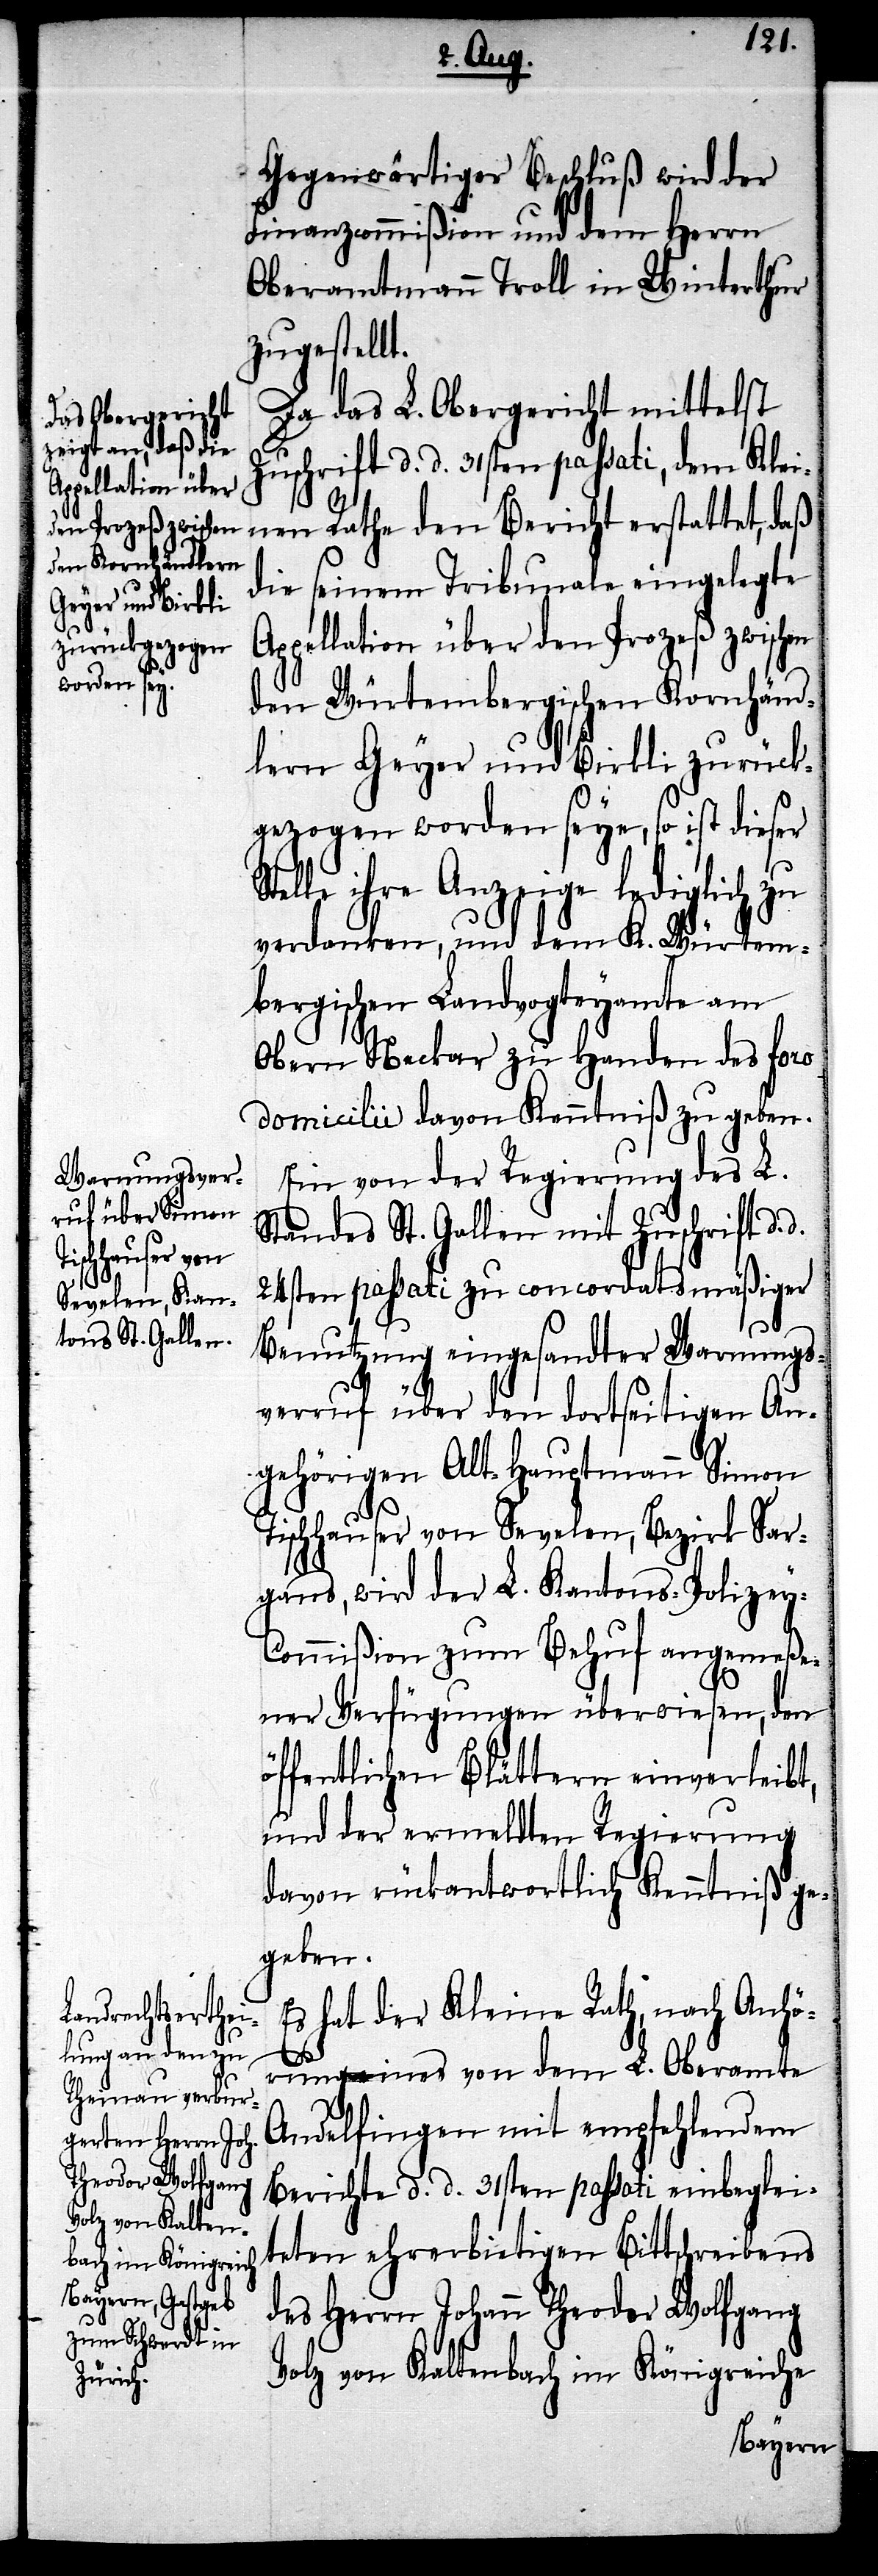
Appellation über
den Prozeß zwischen
d.

Gegenwärtiger Beschluß wird der
Finanzcommißion und dem Herrn
Oberamtmann Troll in Winterthur
zugestellt.
Da das L. Obergericht mittelst
Zuschrift d. d. 31sten passati, dem Klei¬
nen Rathe den Bericht erstattet, daß
die seinem Tribunale eingelegte
den Würtembergischen Kornhänd¬
lern Geyer und Birkli zurück¬
gezogen worden seye, so ist dieser
telle ihre Anzeige lediglich zu
verdanken, und dem K. Würtem¬
bergischen Landvogteyamte am
Obern Neckar zu Handen des foro
domicilii davon Kenntniß zu geben.
Ein von der Regierung des L.
Standes St. Gallen mit Zuschrift d.
24sten passati zu concordatsmäßiger
Benutzung eingesandter Warnungs¬
verruf über den dortseitigen An¬
gehörigen Alt-Hauptmann Simon
Tischhauser von Sevelen, Bezirk Sar¬
gans, wird der L. Kantons-Polizey-C¬
ommißion zum Behuf angemeße¬
ner Verfügungen überwiesen, den
öffentlichen Blättern einverleibt,
und der ermeldten Regierung
davon rückantwortlich Kenntniß ge¬
geben.
Es hat der Kleine Rath, nach Anhö¬
S¬
rung eines von dem L. Oberamte
Andelfingen mit empfehlendem
Berichte d. d. 31sten passati einbeglei¬
teten ehrerbietigen Bittschreibens
des Herrn Johann Theodor Wolfgang
Volz von Kaltenbach im Königreiche